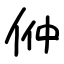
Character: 㑖